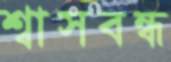
শ্বাসবন্ধ